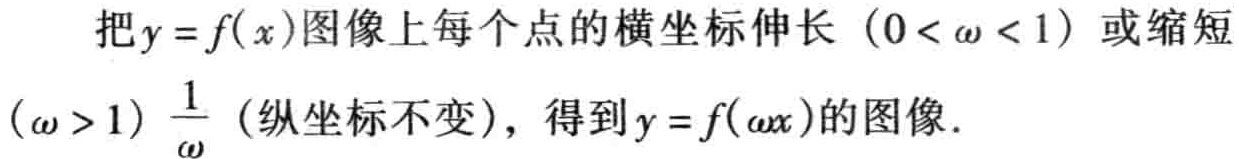
把\(y = f(x)\)图像上每个点的横坐标伸长\((0 < \omega < 1)\)或缩短\((\omega > 1)\)\(\frac{1}{\omega}\)（纵坐标不变），得到\(y = f(\omega x)\)的图像.